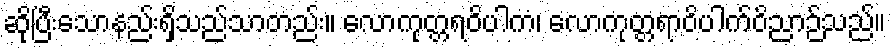
ဆိုပြီးသောနည်းရှိသည်သာတည်း။ လောကုတ္တရဝိပါကံ၊ လောကုတ္တရာဝိပါက်ဝိညာဉ်သည်။